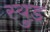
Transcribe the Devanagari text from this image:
स्युड